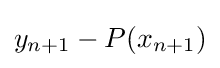
y_{n+1}-P(x_{n+1})